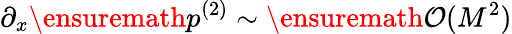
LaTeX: \partial_{x}\ensuremath{p^{(2)}}\sim\ensuremath{\mathcal{O}(M^{2})}